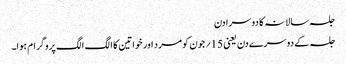
جلسہ سالانہ کا دوسرا دن
جلسہ کے دوسرے دن یعنی 15؍ جون کو مرد اور خواتین کا الگ الگ پروگرام ہوا۔